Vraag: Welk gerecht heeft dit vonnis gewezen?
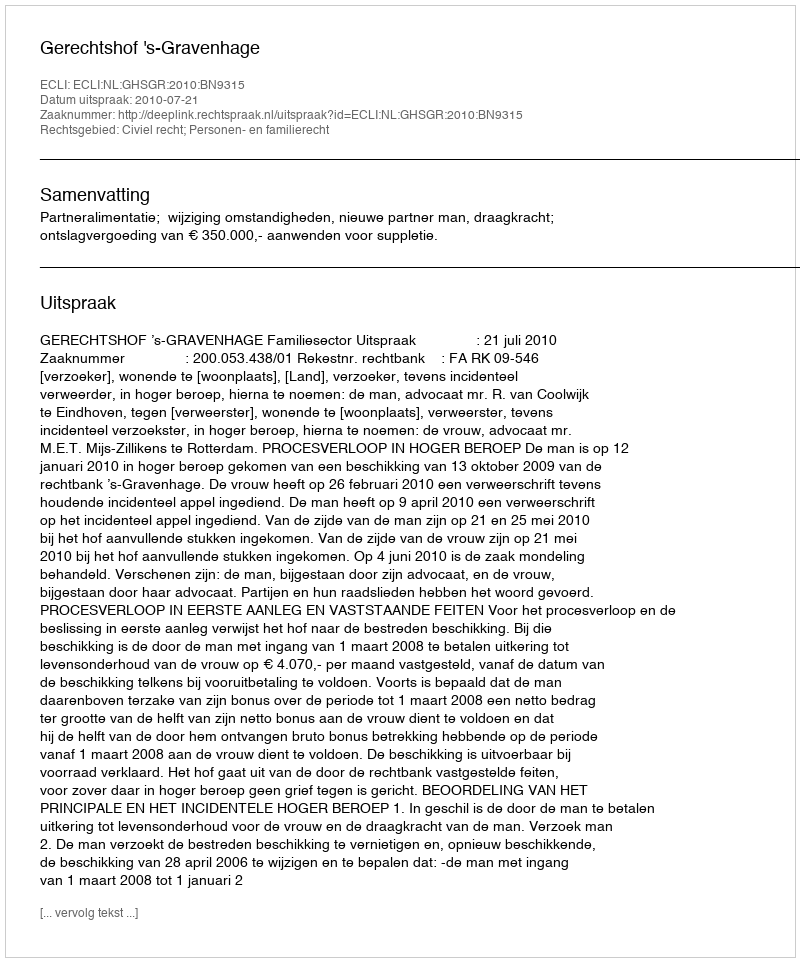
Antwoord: Gerechtshof 's-Gravenhage